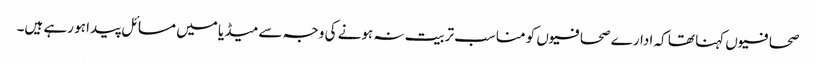
صحافیوں کہنا تھا کہ ادارے صحافیوں کو مناسب تربیت نہ ہونے کی وجہ سے میڈیا میں مسائل پیدا ہو رہے ہیں۔